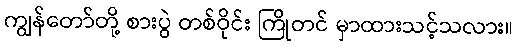
ကျွန်တော်တို့ စားပွဲ တစ်ဝိုင်း ကြိုတင် မှာထားသင့်သလား။